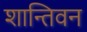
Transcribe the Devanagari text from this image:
शान्तिवन